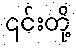
၎င်းတို့